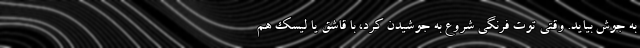
به جوش بیاید. وقتی توت فرنگی شروع به جوشیدن کرد، با قاشق یا لیسک هم